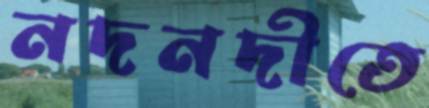
নদনদীতে